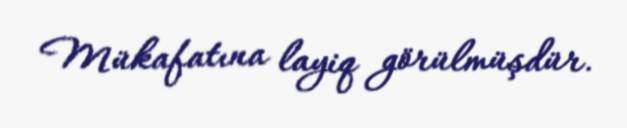
Mükafatına layiq görülmüşdür.